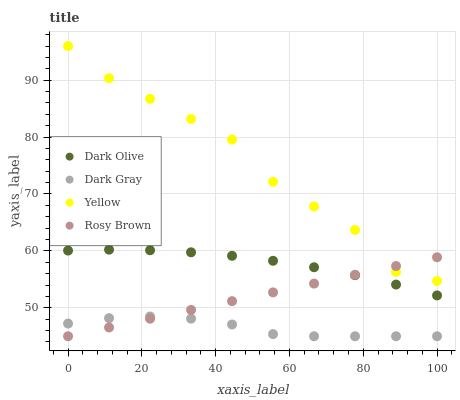
| xaxis_label | Dark Olive | Dark Gray | Yellow | Rosy Brown |
 | --- | --- | --- | --- | --- |
 | 0 | 60.1 | 47.2 | 96 | 45 |
 | 11.1 | 60.2 | 48.2 | 90.3 | 46.5 |
 | 22.2 | 60.1 | 48.5 | 86.7 | 48.1 |
 | 33.3 | 59.8 | 48.1 | 83.2 | 49.6 |
 | 44.4 | 59.1 | 47.1 | 79.6 | 51.2 |
 | 55.6 | 58.3 | 45.4 | 72.1 | 52.7 |
 | 66.7 | 57.1 | 45 | 67.8 | 54.3 |
 | 77.8 | 55.7 | 45 | 63.7 | 55.8 |
 | 88.9 | 54.1 | 45 | 56.3 | 57.3 |
 | 100 | 52.2 | 45 | 54.7 | 58.9 |